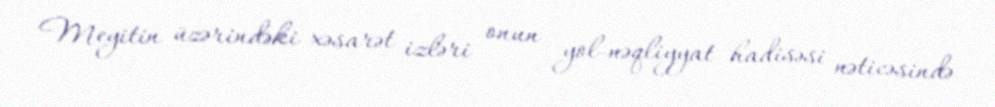
Meyitin üzərindəki xəsarət izləri onun yol-nəqliyyat hadisəsi nəticəsində